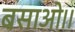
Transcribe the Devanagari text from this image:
बसाओ।।